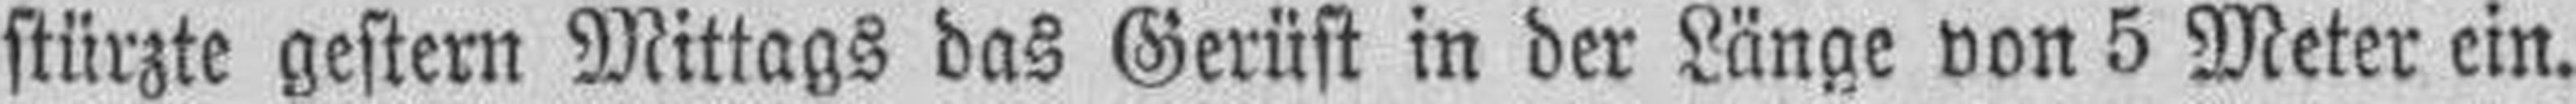
stürzte gestern Mittags das Gerüst in der Länge von 5 Meter ein.